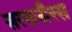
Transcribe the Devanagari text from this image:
सरसनीरस